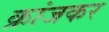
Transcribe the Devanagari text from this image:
क्रांजकर